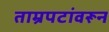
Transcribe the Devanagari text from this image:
ताम्रपटांवरून